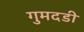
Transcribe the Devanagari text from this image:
गुमदडी